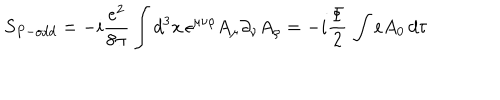
S _ { P - o d d } = - i \frac { e ^ { 2 } } { 8 \pi } \int d ^ { 3 } x \, \epsilon ^ { \mu \nu \rho } A _ { \mu } \partial _ { \nu } A _ { \rho } = - i \frac { \Phi } { 2 } \, \int e A _ { 0 } \, d \tau